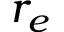
r _ { e }